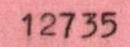
12735